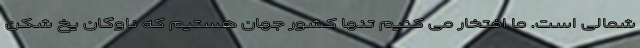
شمالی است. ما افتخار می کنیم تنها کشور جهان هستیم که ناوگان یخ شکن